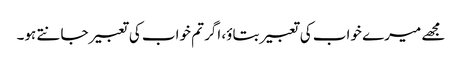
مجھے میرے خواب کی تعبیر بتاؤ، اگر تم خواب کی تعبیر جانتے ہو۔